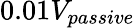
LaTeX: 0.01V_{passive}